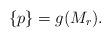
LaTeX: \begin{align*} \{p\} = g(M_r).\end{align*}